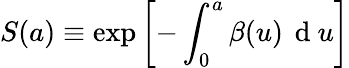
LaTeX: S(a)\equiv\exp\left[-\int_{0}^{a}{\beta(u)\, \mathrm{~d~}u}\right]